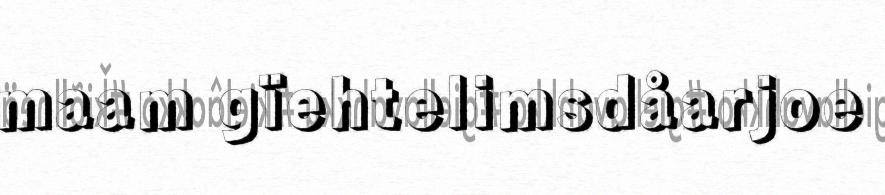
maam gïehtelimsdåarjoe